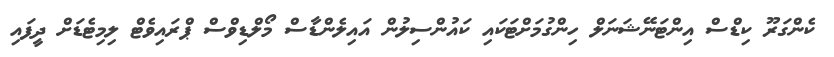
ކެންގަރޫ ކިޑްސް އިންޓަނޭޝަނަލް ހިންގުމަށްޓަކައި ކައުންސިލުން އައިލެންޑާސް މޯލްޑިވްސް ޕްރައިވެޓް ލިމިޓެޑަށް ދީފައި